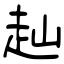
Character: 赸